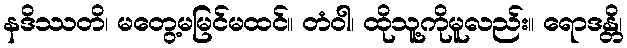
နဒိဿတိ၊ မတွေ့မမြင်မထင်။ တံဝါ၊ ထိုသူ့ကိုမူလည်း။ ရောဒန္တိ၊